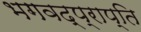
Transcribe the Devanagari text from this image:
भगवद्प्राप्ति